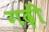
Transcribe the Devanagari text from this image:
गढ़ीं